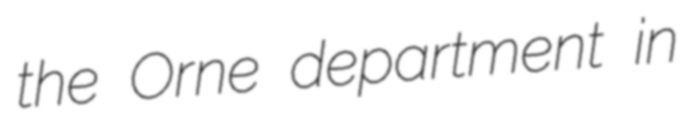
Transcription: the Orne department in